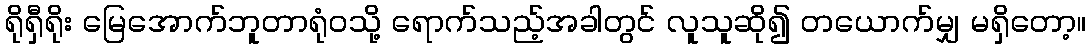
ရိုရှီရိုး မြေအောက်ဘူတာရုံဝသို့ ရောက်သည့်အခါတွင် လူသူဆို၍ တယောက်မျှ မရှိတော့။